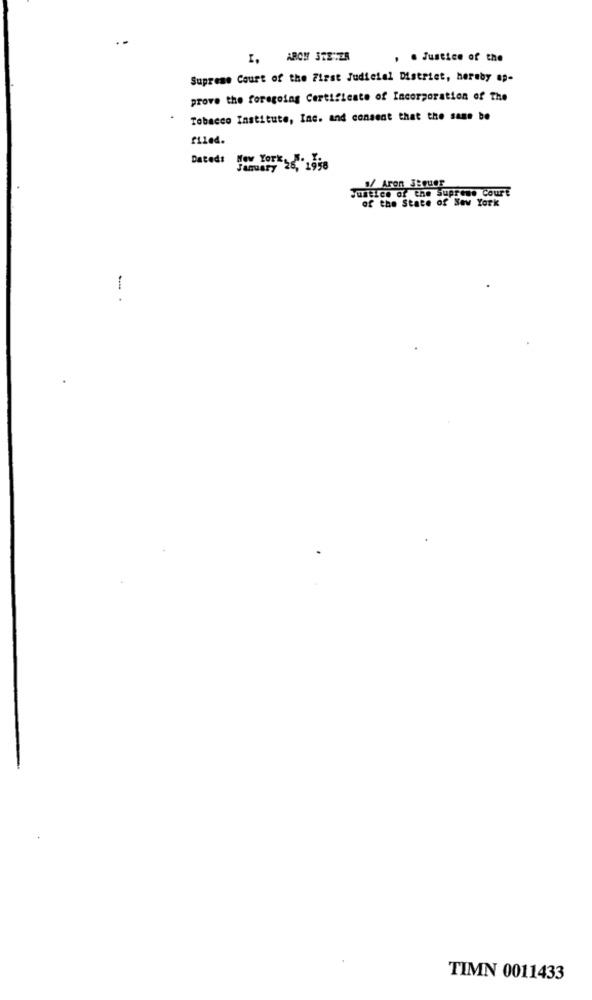
I. ARCH STE:ZA
. . Justice of the
Supreme Court of the First Judicial District, hereby ap-
prove the foregoing Certificate of Incorporation of The
Tobacco Institute, Inc. and consent that the same be
filed.
Dated:
January 28, 1958
Justice of the Supreme Court
8/ Aron Sequer
of the State of New York
TIMN 0011433